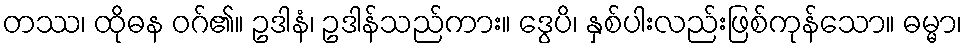
တဿ၊ ထိုဓန ဝဂ်၏။ ဥဒါနံ၊ ဥဒါန်သည်ကား။ ဒွေပိ၊ နှစ်ပါးလည်းဖြစ်ကုန်သော။ ဓမ္မာ၊